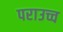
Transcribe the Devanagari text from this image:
पराउच्च